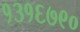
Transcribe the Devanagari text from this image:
१३१६७९०